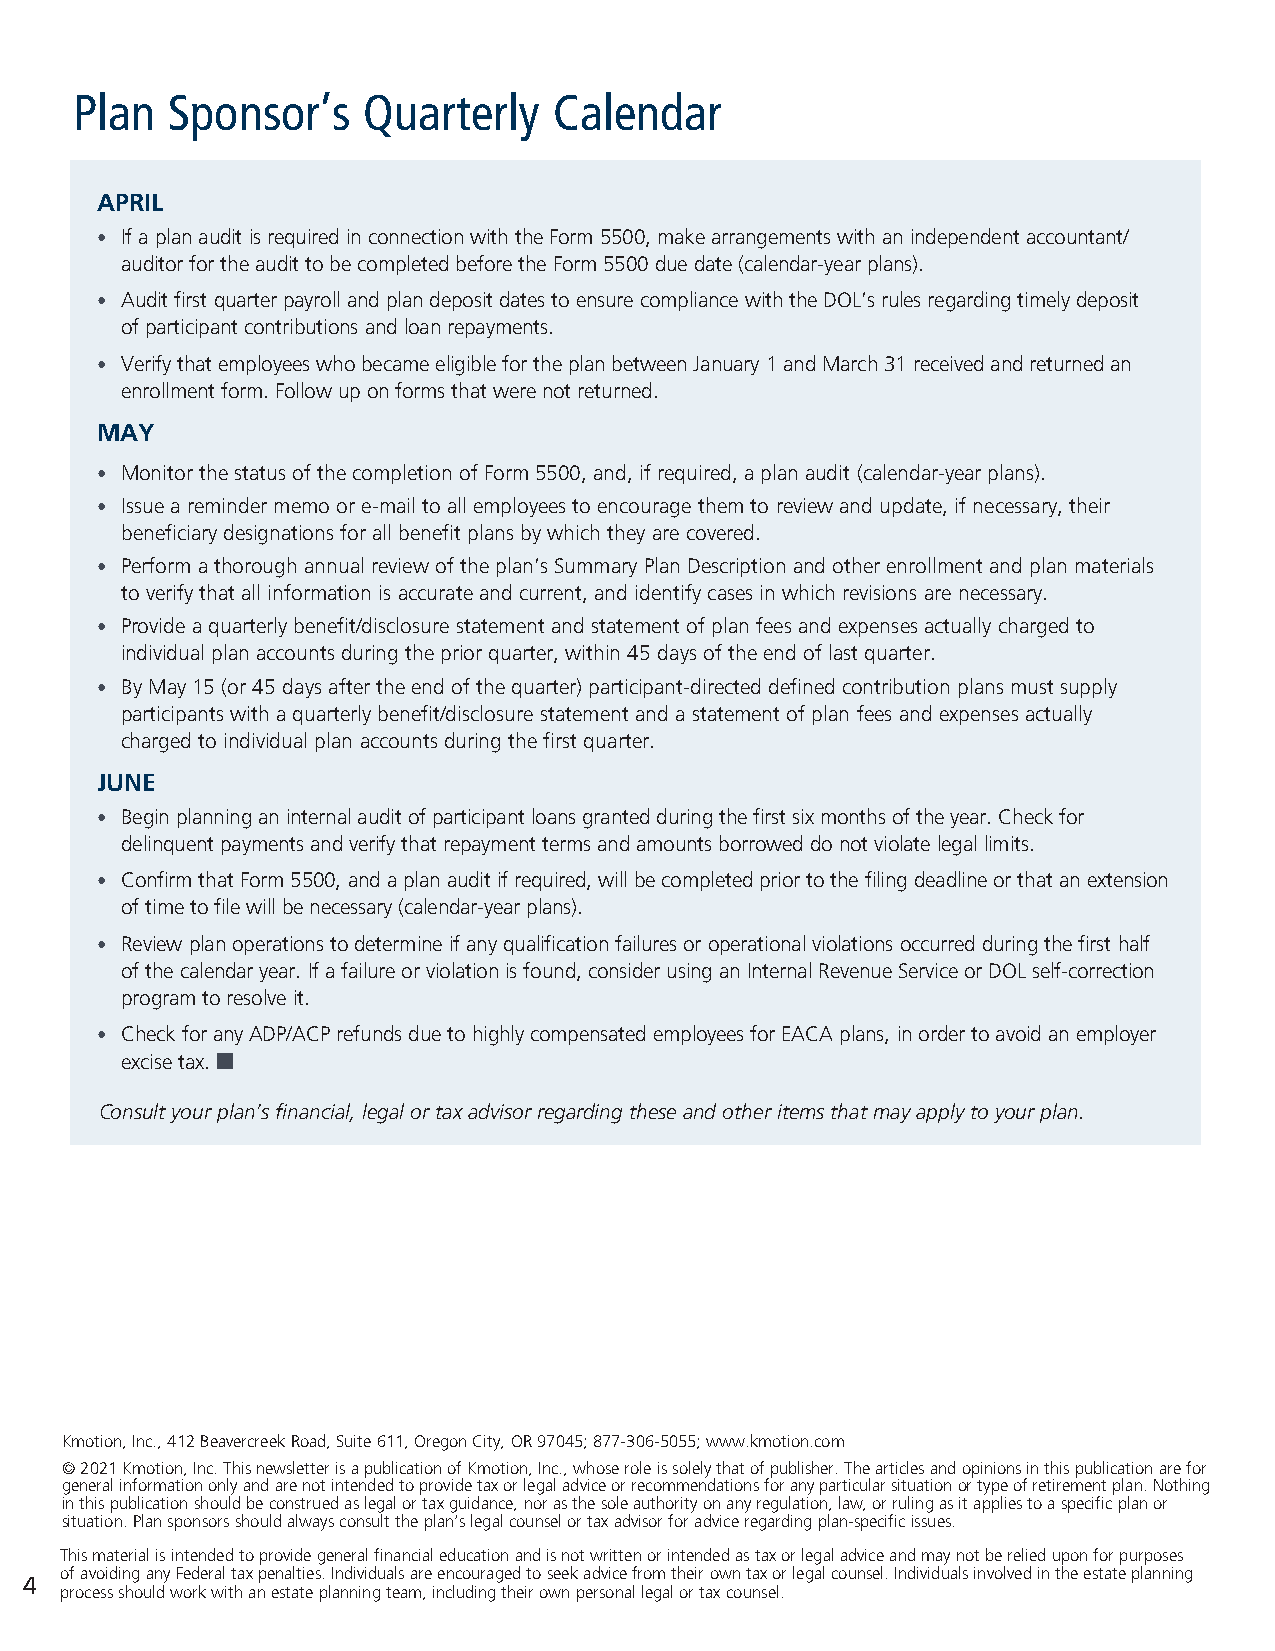
Plan  Sponsor’s    Quarterly    Calendar
 APRIL
 • If a plan audit is required in connection with the Form 5500, make arrangements with an independent accountant/
 auditor for the audit to be completed before the Form 5500 due date (calendar-year plans).
 • Audit first quarter payroll and plan deposit dates to ensure compliance with the DOL’s rules regarding timely deposit
 of participant contributions and loan repayments.
 • Verify that employees who became eligible for the plan between January 1 and March 31 received and returned an
 enrollment form. Follow up on forms that were not returned.
 MAY
 • Monitor the status of the completion of Form 5500, and, if required, a plan audit (calendar-year plans).
 • Issue a reminder memo or e-mail to all employees to encourage them to review and update, if necessary, their
 beneficiary designations for all benefit plans by which they are covered.
 • Perform a thorough annual review of the plan’s Summary Plan Description and other enrollment and plan materials
 to verify that all information is accurate and current, and identify cases in which revisions are necessary.
 • Provide a quarterly benefit/disclosure statement and statement of plan fees and expenses actually charged to
 individual plan accounts during the prior quarter, within 45 days of the end of last quarter.
 • By May 15 (or 45 days after the end of the quarter) participant-directed defined contribution plans must supply
 participants with a quarterly benefit/disclosure statement and a statement of plan fees and expenses actually
 charged to individual plan accounts during the first quarter.
 JUNE
 • Begin planning an internal audit of participant loans granted during the first six months of the year. Check for
 delinquent payments and verify that repayment terms and amounts borrowed do not violate legal limits.
 • Confirm that Form 5500, and a plan audit if required, will be completed prior to the filing deadline or that an extension
 of time to file will be necessary (calendar-year plans).
 • Review plan operations to determine if any qualification failures or operational violations occurred during the first half
 of the calendar year. If a failure or violation is found, consider using an Internal Revenue Service or DOL self-correction
 program to resolve it.
 • Check for any ADP/ACP refunds due to highly compensated employees for EACA plans, in order to avoid an employer
 excise tax.
 Consult your plan’s financial, legal or tax advisor regarding these and other items that may apply to your plan.
 Kmotion, Inc., 412 Beavercreek Road, Suite 611, Oregon City, OR 97045; 877-306-5055; www.kmotion.com
 © 2021 Kmotion, Inc. This newsletter is a publication of Kmotion, Inc., whose role is solely that of publisher. The articles and opinions in this publication are for
 general information only and are not intended to provide tax or legal advice or recommendations for any particular situation or type of retirement plan. Nothing
 in this publication should be construed as legal or tax guidance, nor as the sole authority on any regulation, law, or ruling as it applies to a specific plan or
 situation. Plan sponsors should always consult the plan’s legal counsel or tax advisor for advice regarding plan-specific issues.
 This material is intended to provide general financial education and is not written or intended as tax or legal advice and may not be relied upon for purposes
 of avoiding any Federal tax penalties. Individuals are encouraged to seek advice from their own tax or legal counsel. Individuals involved in the estate planning
 4
 process should work with an estate planning team, including their own personal legal or tax counsel.